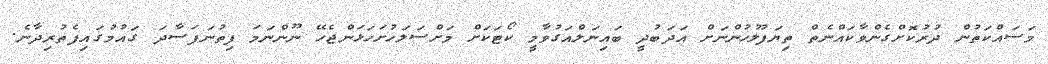
މަސައްކަތުން ދުރުކޮށްގެންވާކައްނެތް ތިޔަފުލުހުންނަށް އަދަބުދީ ބައިނަލްއަގުވާމީ ކޯޓަކަށް މަށްސަލަހުށަހަޅަންޖެހޭ ނޫންނަމަ ފިތުނަފަސާދަ ގައުމުގައިފެތުރިދާނެ.